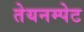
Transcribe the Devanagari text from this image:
तेयनम्पेट